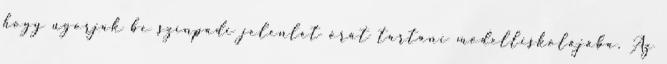
hogy ugorjak be színpadi jelenlét órát tartani modelliskolájába. Az